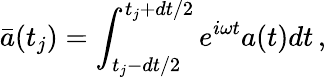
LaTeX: \bar{a}(t_{j})=\int_{t_{j}-dt/2}^{t_{j}+dt/2}e^{i\omega t}a(t)dt\, ,